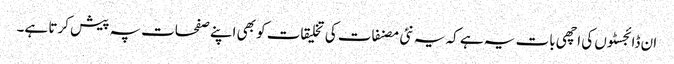
ان ڈائجسٹوں کی اچھی بات یہ ہے کہ یہ نئی مصنفات کی تخلیقات کو بھی اپنے صفحات پہ پیش کرتا ہے۔